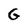
Character: G